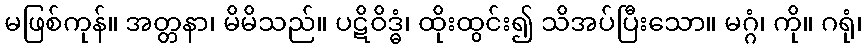
မဖြစ်ကုန်။ အတ္တနာ၊ မိမိသည်။ ပဋိဝိဒ္ဓံ၊ ထိုးထွင်း၍ သိအပ်ပြီးသော။ မဂ္ဂံ၊ ကို။ ဂရုံ၊